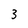
Character: 3